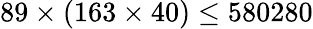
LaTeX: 89\times(163\times 40)\leq 580280